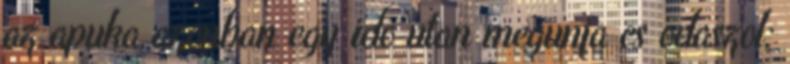
az apuka azonban egy ido utan megunja es odaszol: